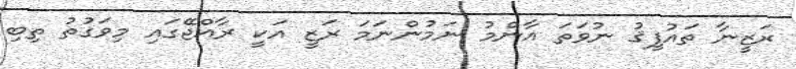
ރަޒީނާ ތައުފީޤު ނުވަތަ އާންމު ނަމުންނަމަ ރަޒީ އަކީ ރާއްޖޭގައި މިވަގުތު ތިބި